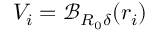
V _ { i } = \mathcal { B } _ { R _ { 0 } \delta } ( r _ { i } )